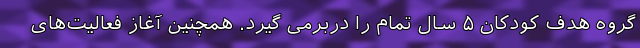
گروه هدف کودکان ۵ سال تمام را دربرمی گیرد. همچنین آغاز فعالیت‌های